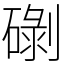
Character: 䃗